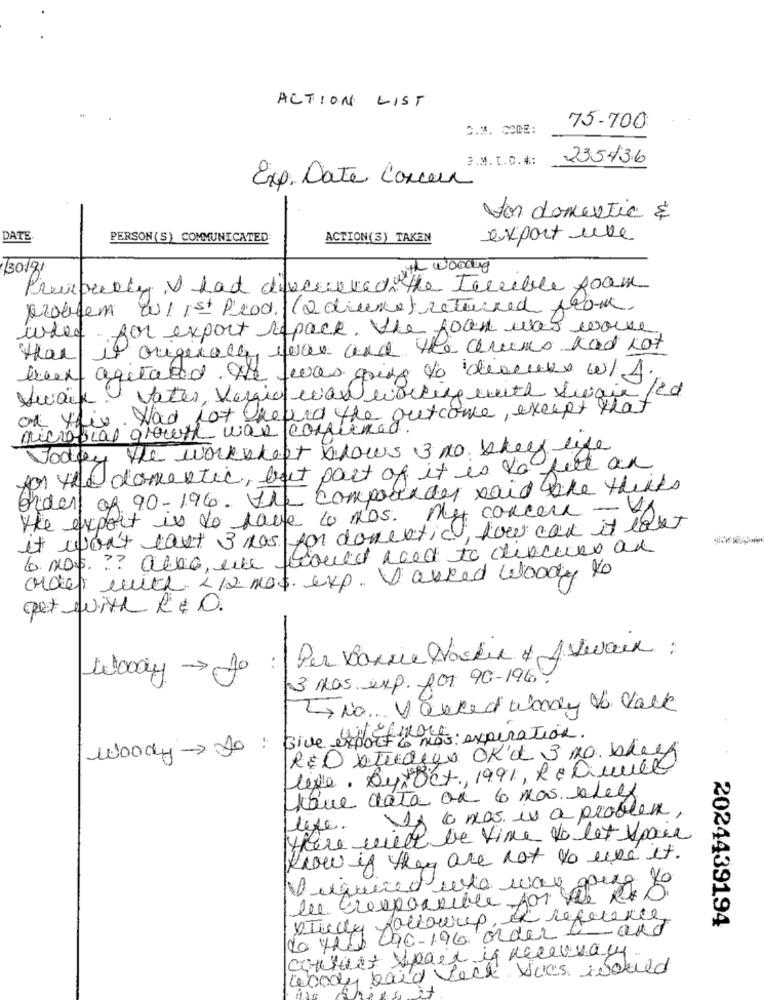
ACTION LIST
D.3. CODE:
75-700
e.M. t.C. *:
235436
Exp. Date Concern
-
for domestic &
DATE
PERSON(S) COMMUNICATED
ACTION(S) TAKEN
export uve
30181
ith wooding
Previously I had direceived the terrible foam
problem w/1st Prod. (2 diume) returned from
whey for export repack. The foun was worke
than if originally was and the drums had not
been agitated. The was going to deserve w/ 4.
Vwalk Vater, Vergia waw working with Swain
led
on this. Wad Not heard the outcome, except that
microbial growth was completed
Today the workskept blows 3 no. shelf life
for the domestic, but part of it is to feel an
Order of 90-196. The compounder said She thinks
the export is to have to nos. My concern - If
it want last 3 was for domestic, low car it last
6. nos. ?? also, un would need to discuss an
order with < 12 mos. exp. I asked Woody to
pet with & & 0.
Per Bonnie Noskie + AVwaix :
13 HOS. exp. for 90-196.
woody> to: give export to mos: expiration.
R$ O xturques OK'd 3 mg. bleef
Live. Dypoct, 1991, Le Quelle
AQue data ou 6 mos. alelf
life. If I was is a problem,
there will be time to let ypair
know if they are not to use it.
straty followup, in reference
do you's Cac-196 order C and
2024439194
couruet yeait if necessary
woody band fack Vies Would